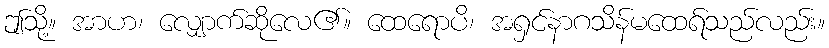
ဤသို့။ အာဟ၊ လျှောက်ဆိုလေ၏။ ထေရောပိ၊ အရှင်နာဂသိန်မထေရ်သည်လည်း။